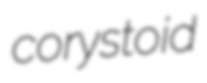
corystoid